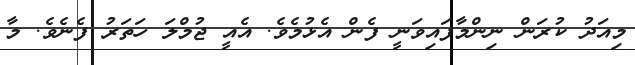
މިއަދު ކުރަން ނިންމާފައިވަނީ ފެން އެޅުމެވެ. އެއީ ޖުމްލަ ހަތަރު ފެނެވެ. މާ